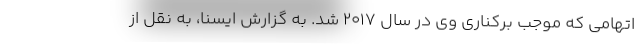
اتهامی که موجب برکناری وی در سال ۲۰۱۷ شد. به گزارش ایسنا، به نقل از